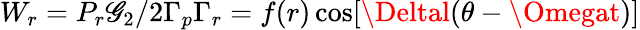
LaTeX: W_{r}={P_{r}\mathscr{G}_{2}}/{2\Gamma_{p}\Gamma_{r}}=f(r)\cos[\Deltal(\theta-\Omegat)]